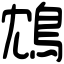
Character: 鴆